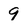
Character: 9